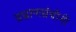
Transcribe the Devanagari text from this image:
प्रघ्राणग्रंथीनी